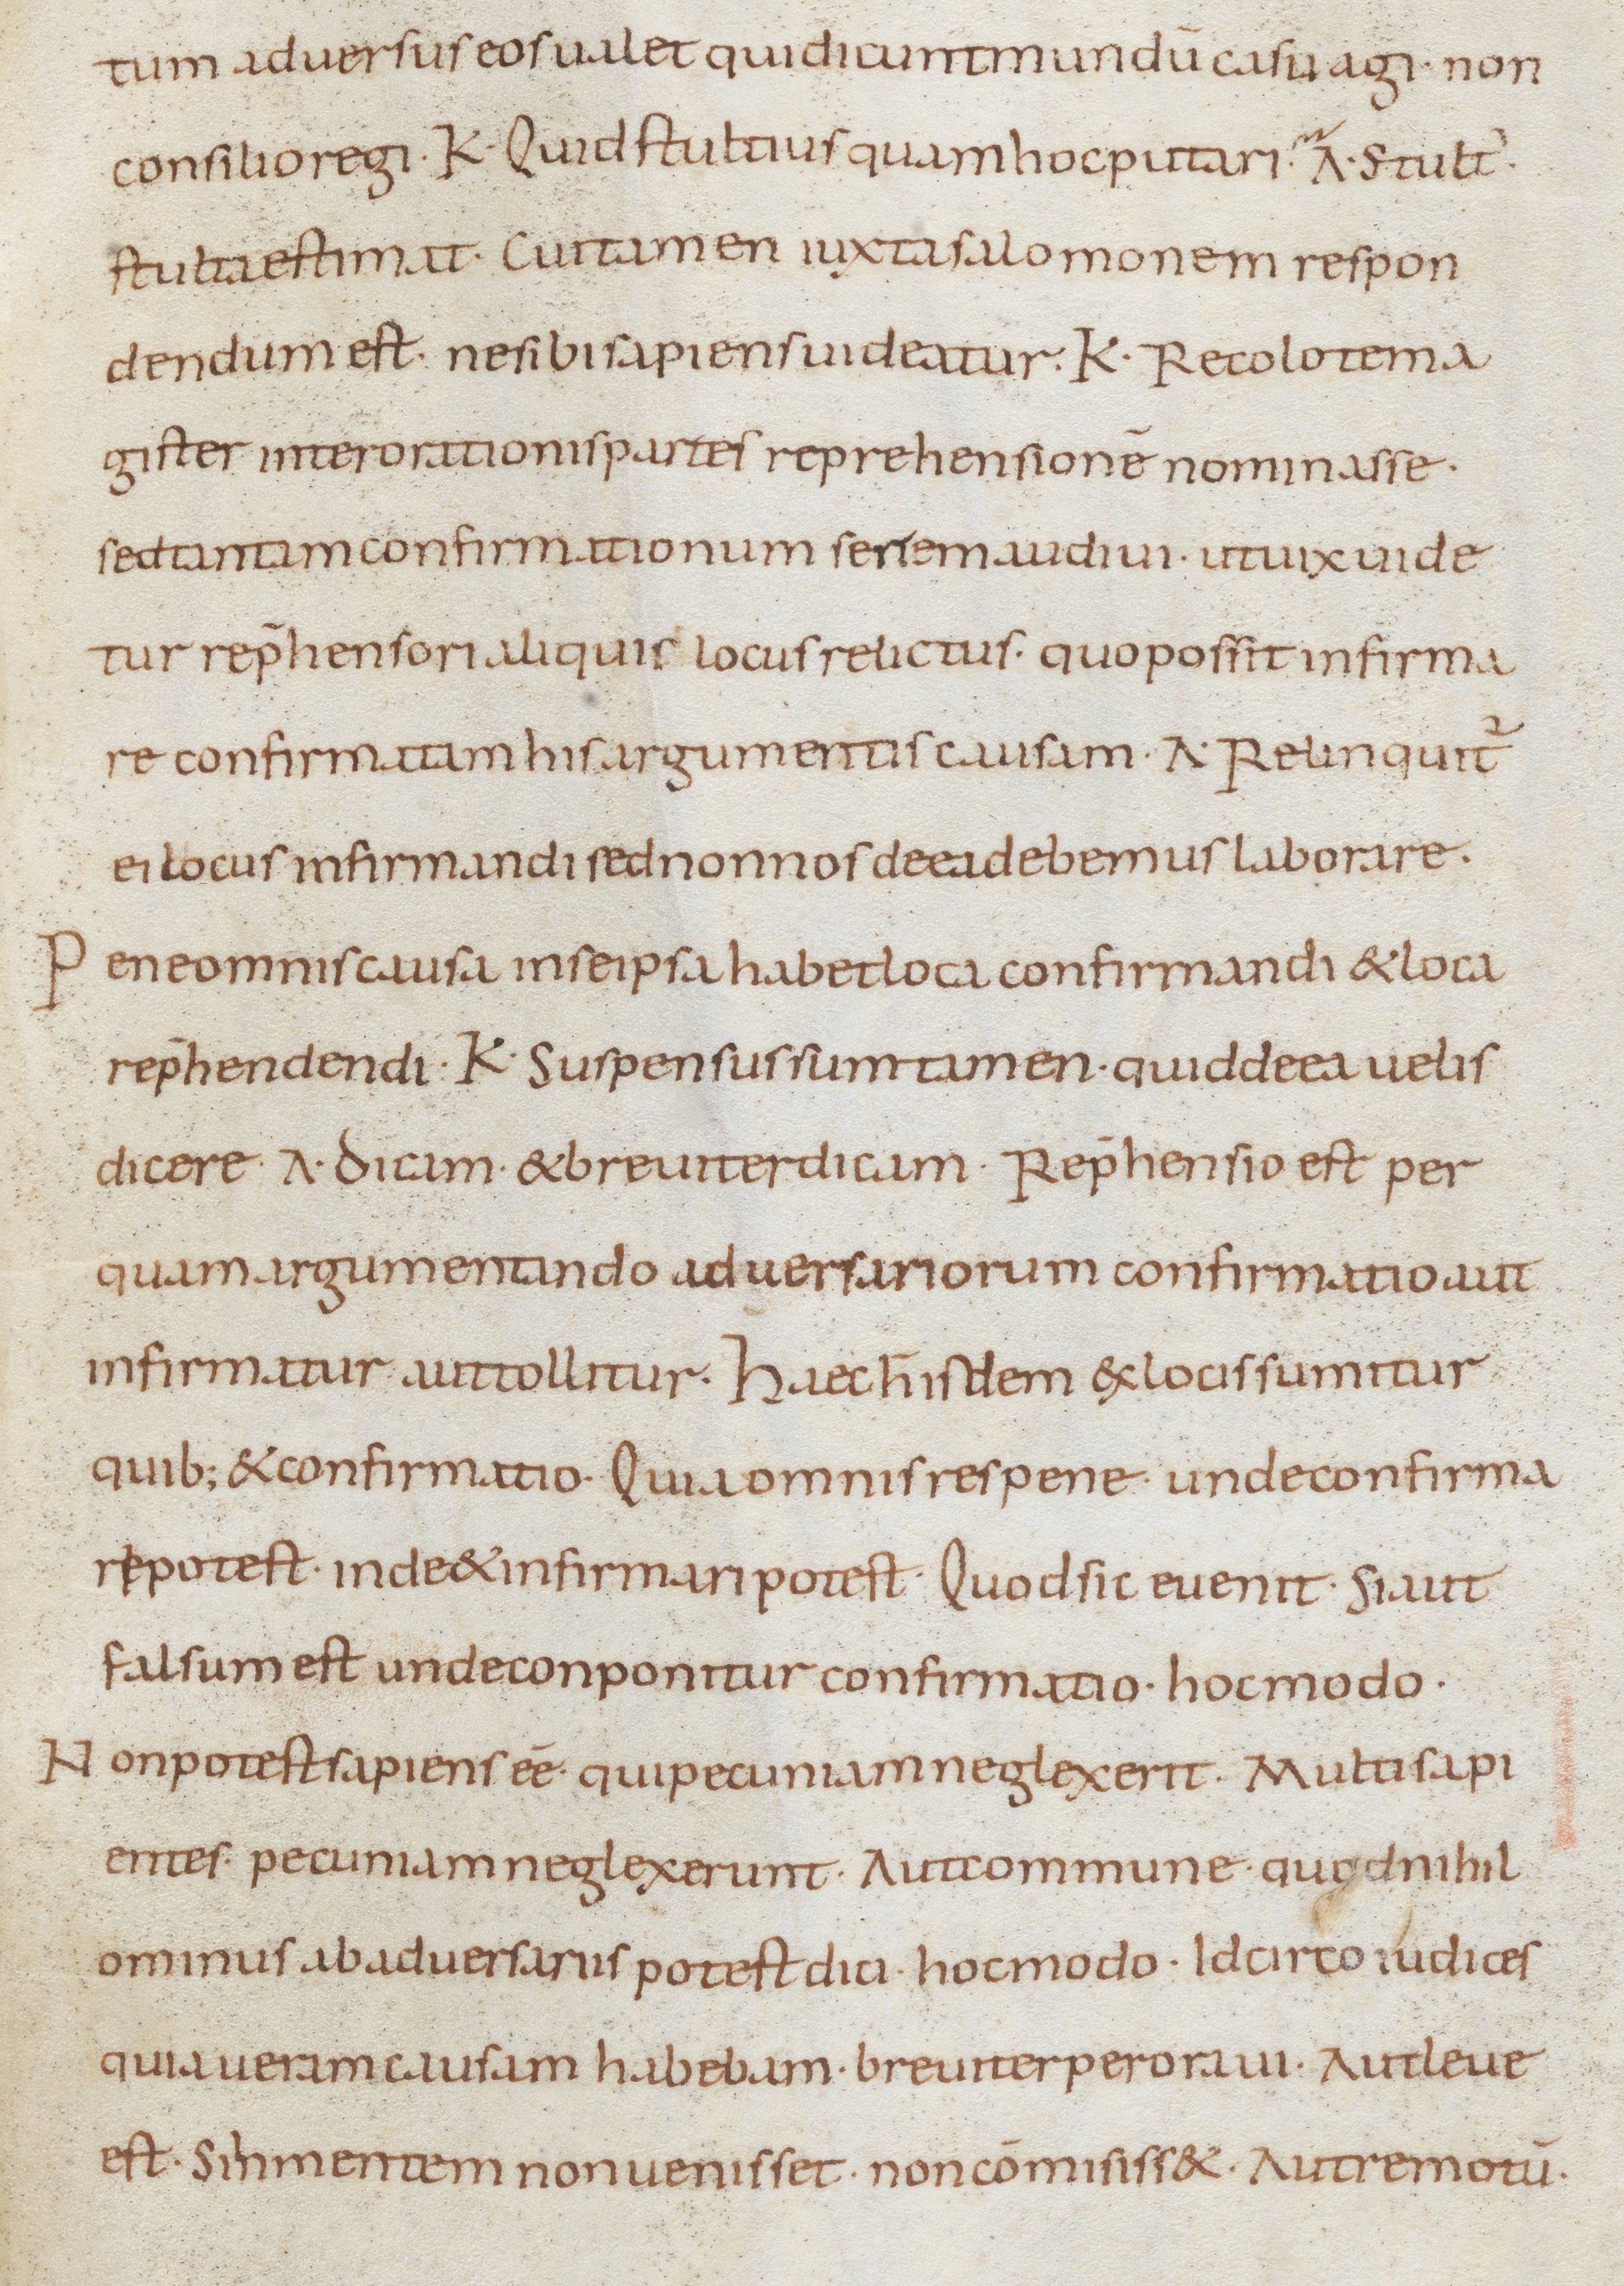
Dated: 800–899